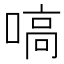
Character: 嗃